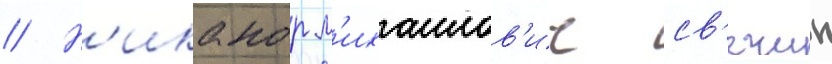
// Н'иканор м'ихаилов'ич св'ечин